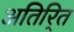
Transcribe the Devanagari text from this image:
अतिरि्‍त